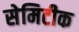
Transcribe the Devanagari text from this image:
सेमिटीक